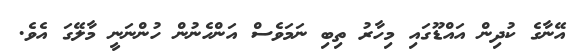
އޭނާގެ ކުދިން އައްޑޫގައި މިހާރު ތިބި ނަމަވެސް އަންހެނުން ހުންނަނީ މާލޭގަ އެވެ.